Lunatic asylums in Bengal annual reports 1899-1911 - 1899-1911
Year: 1899
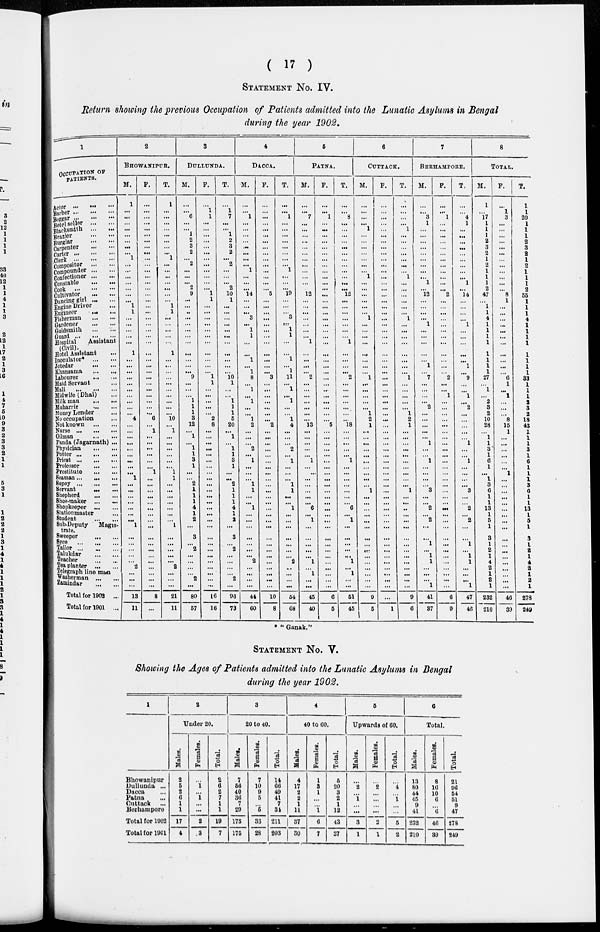
( 17 )
STATEMENT No. IV.
Return showing the previous Occupation of Patients admitted into the Lunatic Asylums in Bengal
during the year 1902.
1
OCCUPATION OF
PATIENTS.
Actor ... ... ...
Barber ... ... ...
Beggar ... ... ...
Betel seller ... ...
Blacksmith ... ...
Brazier ... ...
Burglar
...
...
Carpenter ... ...
Carter ... ... ...
Clerk ... ... ...
Compositor
...
...
Compounder
...
...
Confectioner ... ...
Constable
...
...
Cook ... ... ...
Cultivator
...
...
Dancing girl ... ...
Engine Driver ...
Engineer
...
...
Fisherman
...
...
Gardener
...
...
Goldsmith
...
...
Guard ... ... ...
Hospital
Assistant
(Civil).
Hotel Assistant ...
Inoculator* ... ...
Jotedar
...
...
Khansama
...
...
Labourer ... ...
Maid Servant ...
Mali
...
...
...
Midwife (Dhai) ...
Milk man
...
...
Muharrir
...
...
Money Lender ...
No occupation ...
Not known
...
...
Nurse
...
...
...
Oilman ... ...
Panda (Jagarnath) ...
Physician
...
...
Potter ... ... ...
Priest
...
...
...
Professor
...
...
Prostitute
...
...
Seaman ... ... ...
Sepoy
...
...
...
Servant
...
...
Shepherd
...
...
Shoe-maker
...
...
Shopkeeper
...
...
Stationmaster ...
Student
...
...
Sub-Deputy
Magis-
trate.
Sweeper ... ...
Syce
...
...
...
Tailor ... ... ...
Talukdar
...
...
Teacher
...
...
Tea planter
...
...
Telegraph line man
Washerman
...
...
Zamindar
...
...
Total for 1902 ...
Total for 1901 ...
2
BHOWANIPUR.
M.
1
... ...
...
...
...
...
...
...
1
...
...
...
...
...
...
...
1
1
...
...
...
...
...
1
...
...
...
...
...
...
...
...
...
...
4
...
...
...
...
...
...
...
...
...
1
...
...
...
...
...
...
...
1
...
...
...
...
...
2
...
...
...
13
11
F.
...
... ...
...
...
...
...
...
...
...
...
...
...
...
...
...
...
...
...
...
...
...
...
...
...
...
...
...
...
...
...
...
...
...
...
6
...
1
...
...
...
...
...
...
1
...
...
...
...
...
...
...
...
...
...
...
...
...
...
...
...
...
...
8
...
T.
1
...
...
...
...
...
...
...
...
1
...
...
...
...
...
...
...
1
1
...
...
...
...
...
1
...
...
...
...
...
...
...
...
...
...
10
...
1
...
...
...
...
...
...
1
1
...
...
...
...
...
...
...
1
...
...
...
...
...
2
...
...
...
21
11
3
DULLUNDA.
M.
...
... 6
...
...
1
2
3
2
...
2
...
...
...
2
9
...
...
...
...
...
...
...
...
...
...
...
...
9
...
...
...
1
1
1
3
12
...
1
...
1
1
3
1
...
2
1
1
1
4
1
2
...
3
...
2
...
...
...
2
...
...
80
57
F.
...
1
1
...
...
...
...
...
...
...
...
...
...
...
...
1
1
...
...
...
...
...
...
...
...
...
...
...
1
1
...
...
...
...
...
2
8
...
...
...
...
...
...
...
...
...
...
...
...
...
...
...
...
...
...
...
...
...
...
...
...
...
...
16
16
T.
1
7
...
...
1
2
3
2
...
2
...
...
...
2
10
1
...
...
...
...
...
...
...
...
...
...
...
10
1
...
...
1
1
1
5
20
...
1
...
1
1
3
1
...
...
2
1
1
1
4
1
2
...
3
...
2
...
...
...
2
...
...
96
73
4
DACCA.
M.
...
... 1
...
...
...
...
...
...
...
...
1
...
...
...
14
...
...
...
3
...
1
1
...
...
1
...
1
8
...
1
...
1
...
...
1
2
...
...
...
2
...
1
...
...
...
1
1
...
...
1
...
...
...
...
...
...
...
2
...
...
...
...
44
60
F.
...
... ...
...
...
...
...
...
...
...
...
...
...
...
...
5
...
...
...
...
...
...
...
...
...
...
...
...
3
...
...
...
...
...
...
...
2
...
...
...
...
...
...
...
...
...
...
...
...
...
...
...
...
...
...
...
...
...
...
...
...
...
...
10
8
T.
...
... 1
...
...
...
...
...
...
...
...
1
...
...
...
19
...
...
...
3
...
1
1
...
...
1
...
1
11
...
1
...
1
...
...
1
4
...
...
...
2
...
1
...
...
...
1
1
...
...
1
...
...
...
...
...
...
...
2
...
...
...
...
54
68
5
PATNA.
M.
...
... 7
...
...
...
...
...
...
...
...
...
...
...
...
12
...
...
...
...
...
...
...
1
...
...
...
...
2
...
...
...
...
...
...
...
13
...
...
...
...
...
1
...
...
...
...
...
...
...
6
...
1
...
...
...
...
...
1
...
1
...
...
45
40
F.
...
... 1
...
...
...
...
...
...
...
...
...
...
...
...
...
...
...
...
1
...
...
...
...
...
...
...
...
...
...
...
...
...
...
...
...
5
...
...
...
...
...
...
...
...
...
...
...
...
...
...
...
...
...
...
...
...
...
...
...
...
...
...
6
5
T.
...
... 8
...
...
...
...
...
...
...
...
...
...
...
...
12
...
...
...
...
...
...
...
1
...
...
...
...
2
...
...
...
...
...
...
...
18
...
...
...
...
...
1
...
...
...
...
...
...
...
6
...
1
...
...
...
...
...
1
...
1
...
...
51
45
6
CUTTACK.
M.
...
... ...
...
1
...
...
...
...
...
...
...
1
...
...
...
...
...
...
1
...
...
...
...
...
...
...
...
1
...
...
...
...
...
1
2
1
...
...
...
...
...
...
...
...
...
...
1
...
...
...
...
...
...
...
...
...
...
...
...
...
...
...
9
5
F.
...
... ...
...
...
...
...
...
...
...
...
...
...
...
...
...
...
...
...
...
...
...
...
...
...
...
...
...
...
...
...
...
...
...
...
...
...
...
...
...
...
...
...
...
...
...
...
...
...
...
...
...
...
...
...
...
...
...
...
...
...
...
...
...
1
T.
...
...
...
...
1
...
...
...
...
...
...
...
1
...
...
...
...
...
...
1
...
...
...
...
...
...
...
...
1
...
...
...
...
...
1
2
1
...
...
...
...
...
...
...
...
...
...
1
...
...
...
...
...
...
...
...
...
...
...
...
...
...
...
9
6
7
BERHAMPORE.
M.
...
... 3
1
...
...
...
...
...
...
...
...
...
1
...
12
...
...
...
...
1
...
...
...
...
...
1
...
7
...
...
...
...
2
...
...
...
...
...
1
...
...
1
...
...
...
...
3
...
...
2
...
2
...
...
1
...
1
1
...
...
...
1
41
37
F.
...
... 1
...
...
...
...
...
...
...
...
...
...
...
...
2
...
...
...
...
...
...
...
...
...
...
...
...
2
...
...
1
...
...
...
...
...
...
...
...
...
...
...
...
...
...
...
...
...
...
...
...
...
...
...
...
...
...
...
...
...
...
...
6
9
T.
...
... 4
1
...
...
...
...
...
...
...
...
...
1
...
14
...
...
...
...
1
...
...
...
...
...
1
...
9
...
...
1
...
2
...
...
...
...
...
1
...
...
1
...
...
...
...
3
...
...
2
...
2
...
...
1
...
1
1
...
...
...
1
47
46
8
TOTAL.
M.
1
... 17
1
1
1
2
3
2
1
2
1
1
1
2
47
...
1
1 4
1
1
1
1
1
1
1
1
27
...
1
...
2
3
2
10
28
...
1
1
3
1
6
1
...
1
3
6
1
1
13
1
5
1
3
1
2
1
4
2
1
2
1
232
210
F.
...
1
3
...
...
...
...
...
...
...
...
...
...
...
...
8
1
...
...
...
...
...
...
...
...
...
...
...
6
1
...
1
...
...
...
8
15
1
...
...
...
...
...
...
1
...
...
...
...
...
...
...
...
...
...
...
...
...
...
...
...
...
...
46
39
T.
1
1
20
1
1
1
2
3
2
1
2
1
1
1
2
55
1
1
1
4
1
1
1
1
1
1
1
1
33
1
1
1
2
3
2
18
43
1
1
1
3
1
6
1
1
1
3
6
1
1
13
1
5
1
3
1
2
1
4
2
1
2
1
278
249
* "Ganak."
STATEMENT No. V.
Showing the Ages of Patients admitted into the Lunatic Asylums in Bengal
during the year 1902.
1
Bhowanipur
Dullunda ...
Dacca ...
Patna ...
Cuttack
...
Berhampore
Total for 1902
Total for 1901
2
Under 20.
Males.
2
5
2
6
1
1
17
4
Females.
...
1
...
1
...
...
2
.3
Total.
2
6
2
7
1
1
19
7
3
20 to 40.
Males.
7
56
40
36
7
20
175
175
Females.
7
10
9
5
...
6
36
28
Total.
14
66
49
41
7
34
211
203
4
40 to
60.
Males.
4
17
2
2
1
11
37
30
Females.
1
3
1
...
...
1
6
7
Total.
5
20
3
2
1
12
43
37
5
Upwards of 60.
Males.
...
2
...
1
...
...
3
1
Females.
...
2
...
...
...
...
2
1
Total.
...
4
...
1
...
...
5
2
6
Total.
Males.
13
80
44
45
9
41
232
210
Females.
8
16
10
6
...
6
46
39
Total.
21
96
54
51
9
47
278
249